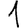
Digit: 1